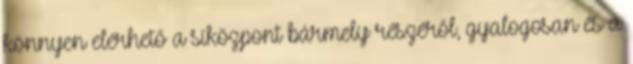
könnyen elérhető a síközpont bármely részéről, gyalogosan és a